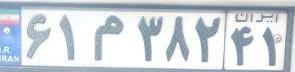
۶۱م۳۸۲۴۱